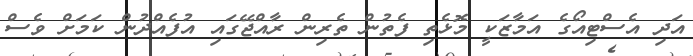
އަދި އެސްޓިއޯގެ އަމާޒަކީ މޮޅެތި ފެތުން ތެރިން ރާއްޖޭގައި އުފެއްދުން ކަމަށް ވެސް